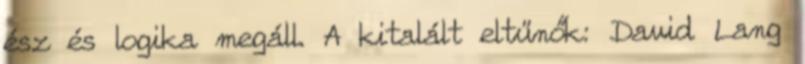
ész és logika megáll. A kitalált eltűnők: David Lang